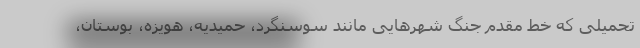
تحمیلی که خط مقدم جنگ شهرهایی مانند سوسنگرد، حمیدیه، هویزه، بوستان،